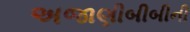
અજાણીબીબીની